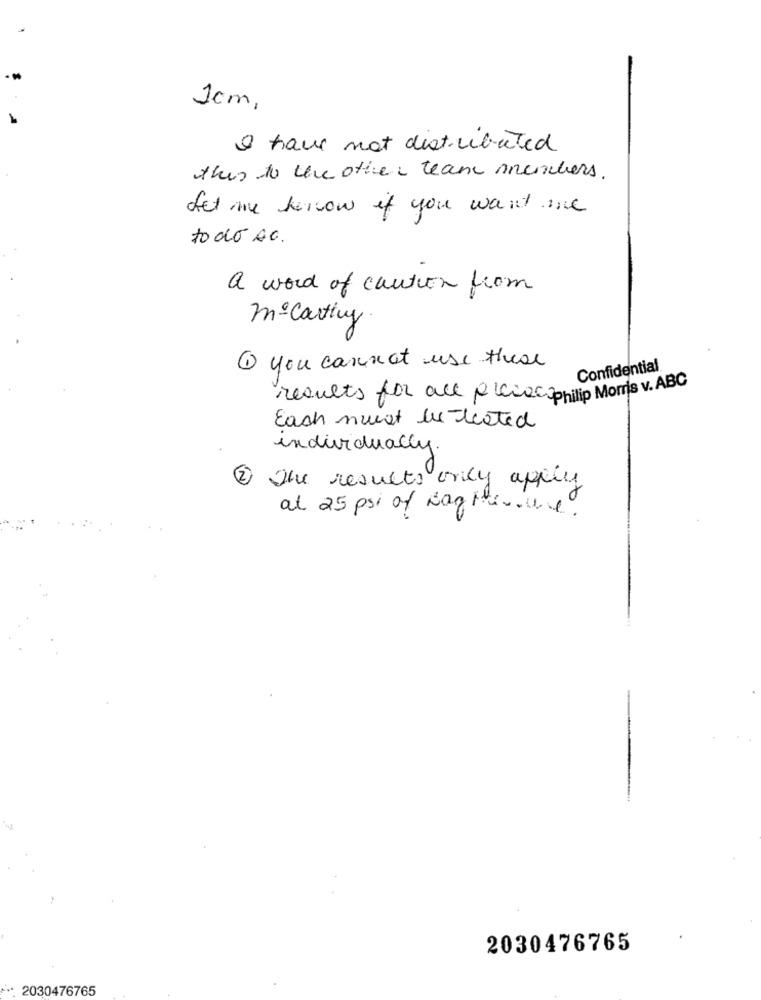
1cm,
I have not distributed
this to the other teams nnerchers.
Let me know if you want me
to do AG.
a word of caution from
mo Carting.
1 you cannot use these
Confidential
results for all piciaciphilip Morris v.ABC
Each must be thated
individually.
2
The results only apply
at 25 psi of Rag Havwe.
2030476765
*** 2030476765